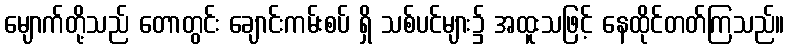
မျောက်တို့သည် တောတွင်း ချောင်းကမ်းစပ် ရှိ သစ်ပင်များ၌ အထူးသဖြင့် နေထိုင်တတ်ကြသည်။